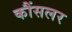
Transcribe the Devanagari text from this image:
कौंसलर